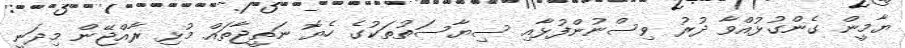
ޔާމީން ގެންގުޅުއްވާ ދުރު ވިސްނުންފުޅާއި ސިޔާސަތުތަކުގެ ހެޔޮ ނަތީޖާތައް މުޅި ރާއްޖޭން މިދަނީ